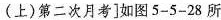
(上)第二次月考]如图5-5-28所